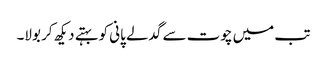
تب میں چوت سے گدلے پانی کو بہتے دیکھ کر بولا۔